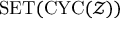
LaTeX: \operatorname { S E T } ( \operatorname { C Y C } ( { \mathcal { Z } } ) )